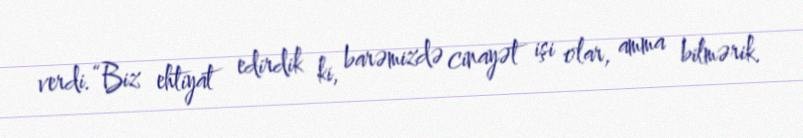
verdi.“Biz ehtiyat edirdik ki, barəmizdə cinayət işi olar, amma bilmərik.